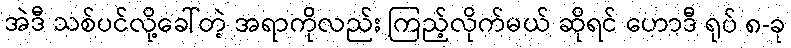
အဲဒီ သစ်ပင်လို့ခေါ်တဲ့ အရာကိုလည်း ကြည့်လိုက်မယ် ဆိုရင် ဟောဒီ ရုပ် ၈-ခု